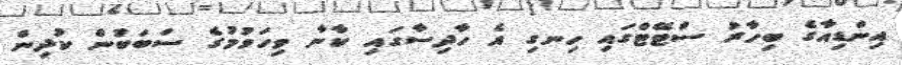
އިންޑިއާގެ ބިހާރު ސްޓޭޓްގައި ހިނގި އެ ހާދިސާގައި ކާނާ ވިހަވުމުގެ ސަބަބުން ކުދިން